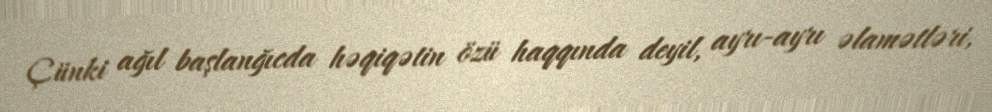
Çünki ağıl başlanğıcda həqiqətin özü haqqında deyil, ayrı-ayrı əlamətləri,